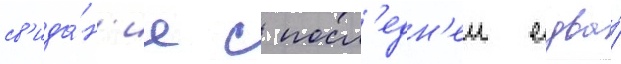
св'ида́н'ие с посл'едн'еи едва́